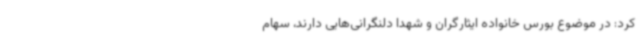
کرد: در موضوع بورس خانواده ایثارگران و شهدا دلنگرانی‌هایی دارند، سهام